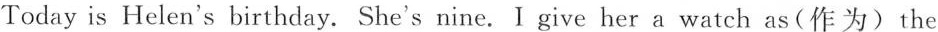
Today is Helen's birthday. She's nine. I give her a watch as(作为) the